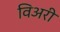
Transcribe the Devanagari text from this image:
विअरी